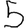
Digit: 5